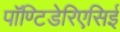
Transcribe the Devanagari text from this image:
पॉण्टिडेरिएसिई